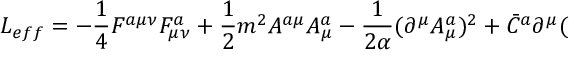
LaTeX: { \cal L } _ { e f f } = - \frac 1 4 F ^ { a \mu \nu } F _ { \mu \nu } ^ { a } + \frac 1 2 m ^ { 2 } A ^ { a \mu } A _ { \mu } ^ { a } - \frac 1 { 2 \alpha } ( \partial ^ { \mu } A _ { \mu } ^ { a } ) ^ { 2 } + \bar { C } ^ { a } \partial ^ { \mu } (